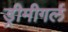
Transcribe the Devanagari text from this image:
ड्रीमीगर्ल